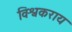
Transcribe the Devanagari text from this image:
विश्वकराय